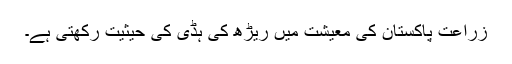
زراعت پاکستان کی معیشت میں ریڑھ کی ہڈی کی حیثیت رکھتی ہے۔